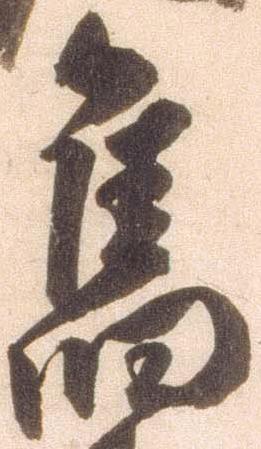
旧